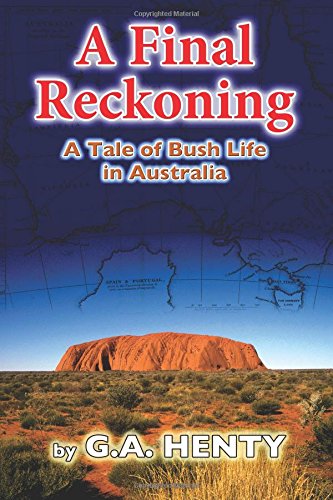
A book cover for A Final Reckoning: A Tale of Bush Life in Australia; G A Henty; Teen & Young Adult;